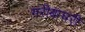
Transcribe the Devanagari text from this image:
गरीबाघरी